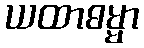
ယထာဓမ္မာ